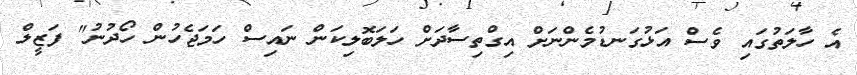
އެ ހާލަތުގައި ވެސް އަޅުގަނޑުމެންނަށް އިގްތިސާދަށް ހަލަބޮލިކަން ނައިސް ހަމަޖެހުން ހޯދުނު" ފަޒީލް